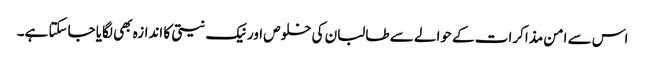
اس سے امن مذاکرات کے حوالے سے طالبان کی خلوص اور نیک نیتی کا اندازہ بھی لگایا جاسکتا ہے۔